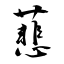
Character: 蕜